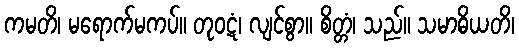
ကမတိ၊ မရောက်မကပ်။ တုဝဋံ၊ လျင်စွာ။ စိတ္တံ၊ သည်။ သမာဓိယတိ၊